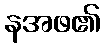
နအဖ၏